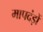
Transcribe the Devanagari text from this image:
मापदंड़ों